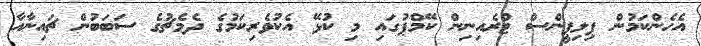
އެހެންކަމުން ޕިލިޕީންސް ޓްރެއިނިން ކޭމްޕުގައި މި ކުޅޭ އެކުވެރިކަމުގެ ދެމެޗުގެ ސަބަބުން ޗައިނާއާ